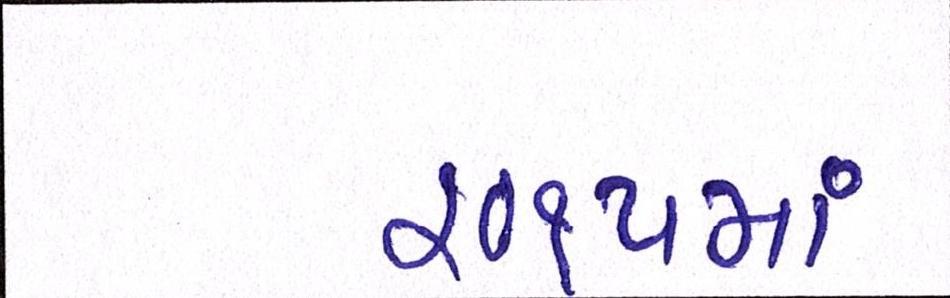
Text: ૨૦૧૫માં